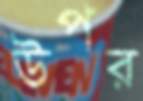
উপর